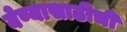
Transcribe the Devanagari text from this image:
येण्यासाठीची